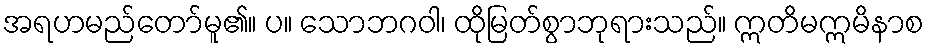
အရဟမည်တော်မူ၏။ ပ။ သောဘဂဝါ၊ ထိုမြတ်စွာဘုရားသည်။ ဣတိမဣမိနာစ